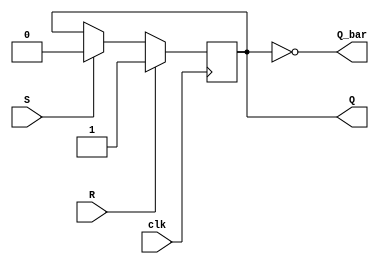
module sr_flipflop (
    input wire S,
    input wire R,
    input wire clk,
    output reg Q,
    output reg Q_bar
);

reg master_out;
reg slave_out;

always @ (posedge clk) begin
    if (R) begin
        master_out <= 0;
        slave_out <= 1;
    end else if (S) begin
        master_out <= 1;
        slave_out <= 0;
    end else begin
        master_out <= master_out;
        slave_out <= slave_out;
    end
end

assign Q = slave_out;
assign Q_bar = ~Q;

endmodule